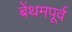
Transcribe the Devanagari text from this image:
बेंथमपूर्व